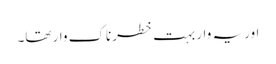
اور یہ وار بہت خطرناک وار تھا۔